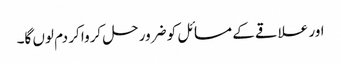
اور علاقے کے مسائل کو ضرور حل کروا کر دم لوں گا۔